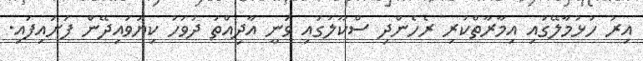
އިރު ހުޅުމާލޭގައި އިމާރާތްކުރި ރެހެންދި ސްކޫލުގައި ވަނީ އާދިއްތަ ދުވަހު ކިޔަވައިދޭން ފަށައިފައި.